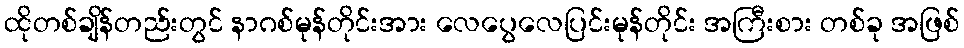
ထိုတစ်ချိန်တည်းတွင် နာဂစ်မုန်တိုင်းအား လေပွေလေပြင်းမုန်တိုင်း အကြီးစား တစ်ခု အဖြစ်